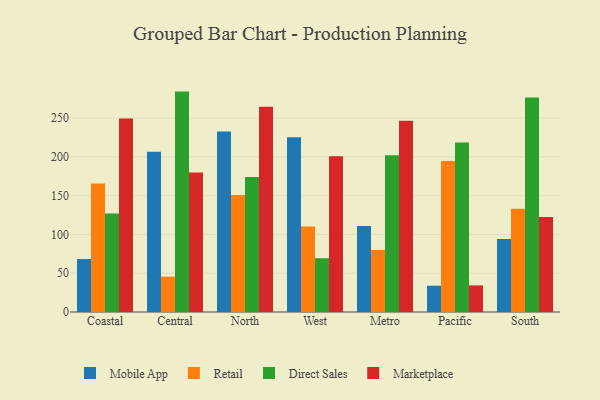
{"axis": {"x": "Region", "y": "Page Views"}, "legend": ["Direct Sales", "Marketplace", "Mobile App", "Retail"], "data": [{"x": "Coastal", "y": 68.2, "type": "Mobile App"}, {"x": "Coastal", "y": 165.7, "type": "Retail"}, {"x": "Coastal", "y": 126.9, "type": "Direct Sales"}, {"x": "Coastal", "y": 249.5, "type": "Marketplace"}, {"x": "Central", "y": 206.6, "type": "Mobile App"}, {"x": "Central", "y": 45.6, "type": "Retail"}, {"x": "Central", "y": 284.1, "type": "Direct Sales"}, {"x": "Central", "y": 179.7, "type": "Marketplace"}, {"x": "North", "y": 232.6, "type": "Mobile App"}, {"x": "North", "y": 150.8, "type": "Retail"}, {"x": "North", "y": 173.9, "type": "Direct Sales"}, {"x": "North", "y": 264.6, "type": "Marketplace"}, {"x": "West", "y": 225.1, "type": "Mobile App"}, {"x": "West", "y": 110.2, "type": "Retail"}, {"x": "West", "y": 69.3, "type": "Direct Sales"}, {"x": "West", "y": 200.9, "type": "Marketplace"}, {"x": "Metro", "y": 110.7, "type": "Mobile App"}, {"x": "Metro", "y": 80.0, "type": "Retail"}, {"x": "Metro", "y": 202.1, "type": "Direct Sales"}, {"x": "Metro", "y": 246.5, "type": "Marketplace"}, {"x": "Pacific", "y": 33.9, "type": "Mobile App"}, {"x": "Pacific", "y": 194.7, "type": "Retail"}, {"x": "Pacific", "y": 218.6, "type": "Direct Sales"}, {"x": "Pacific", "y": 34.3, "type": "Marketplace"}, {"x": "South", "y": 94.0, "type": "Mobile App"}, {"x": "South", "y": 133.1, "type": "Retail"}, {"x": "South", "y": 276.6, "type": "Direct Sales"}, {"x": "South", "y": 122.3, "type": "Marketplace"}]}